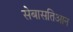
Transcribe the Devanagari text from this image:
सेबासतिआन